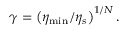
\gamma = \left( \eta _ { \operatorname* { m i n } } / \eta _ { s } \right) ^ { 1 / N } .